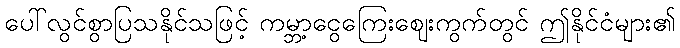
ပေါ်လွင်စွာပြသနိုင်သဖြင့် ကမ္ဘာ့ငွေကြေးဈေးကွက်တွင် ဤနိုင်ငံများ၏